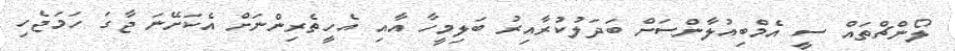
ލޯންޗްތައް ސީ އެމްބިއުލާންސަށް ބަދަލުކުރާއިރު ބަލިމީހާ އާއި އެހީތެރިންނަށް އެކަށޭނަ ޖާގަ ހަމަޖެހި